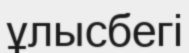
ұлысбегі